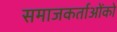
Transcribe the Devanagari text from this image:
समाजकर्ताओंको